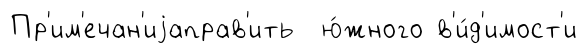
Пр'им'ечан'иjаправ'ить ю́жного в'и́д'имост'и